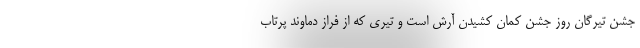
جشن تیرگان روز جشن کمان کشیدن آرش است و تیری که از فراز دماوند پرتاب